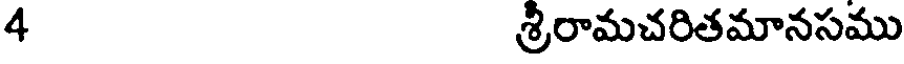
4 శ్రీరామచరితమానసము